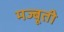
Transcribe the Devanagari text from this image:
मज्बूती